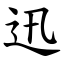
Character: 迅